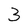
Character: 3